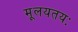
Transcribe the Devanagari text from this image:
मूलयतयः